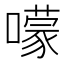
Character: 𡁏